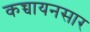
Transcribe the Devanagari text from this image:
कच्चायनसार